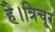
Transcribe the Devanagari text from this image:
है।त्रिचूर